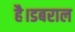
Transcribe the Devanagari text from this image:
है।डबराल